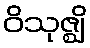
ဝိသုဇ္ဈိ